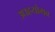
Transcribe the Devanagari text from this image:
उधहयोगब